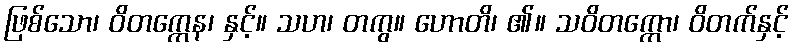
ဖြစ်သော၊ ဝိတက္ကေန၊ နှင့်။ သဟ၊ တကွ။ ဟောတိ၊ ၏။ သဝိတက္ကော၊ ဝိတက်နှင့်